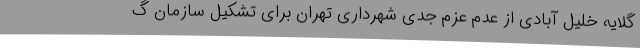
گلایه خلیل آبادی از عدم عزم جدی شهرداری تهران برای تشکیل سازمان گ